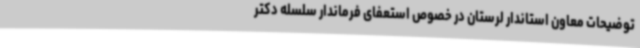
توضیحات معاون استاندار لرستان در خصوص استعفای فرماندار سلسله دکتر